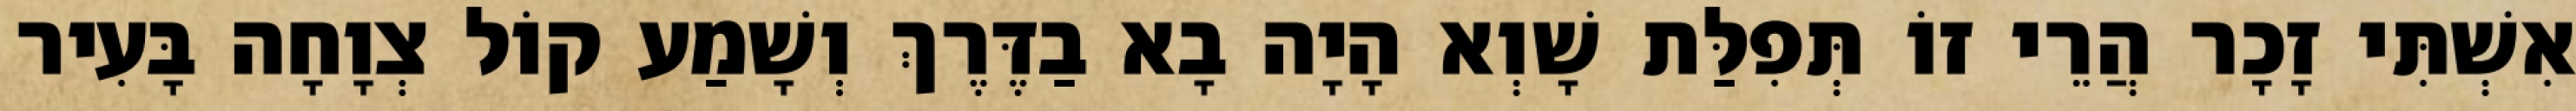
אִשְׁתִּי זָכָר הֲרֵי זוֹ תְּפִלַּת שָׁוְא הָיָה בָא בַדֶּרֶךְ וְשָׁמַע קוֹל צְוָחָה בָּעִיר